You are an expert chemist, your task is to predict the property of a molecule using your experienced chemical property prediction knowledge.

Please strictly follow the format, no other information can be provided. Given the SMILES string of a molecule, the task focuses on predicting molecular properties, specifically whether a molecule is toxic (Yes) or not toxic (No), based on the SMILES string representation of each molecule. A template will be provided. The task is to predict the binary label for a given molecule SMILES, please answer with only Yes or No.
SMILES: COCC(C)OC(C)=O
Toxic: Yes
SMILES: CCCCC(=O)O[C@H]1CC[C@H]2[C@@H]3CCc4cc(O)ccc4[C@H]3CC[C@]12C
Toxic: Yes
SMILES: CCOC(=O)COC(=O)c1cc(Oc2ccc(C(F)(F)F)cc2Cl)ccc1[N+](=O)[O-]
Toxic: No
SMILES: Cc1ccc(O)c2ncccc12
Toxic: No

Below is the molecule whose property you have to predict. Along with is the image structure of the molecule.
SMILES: O=C1CCCCCCCCCCOCCCCO1
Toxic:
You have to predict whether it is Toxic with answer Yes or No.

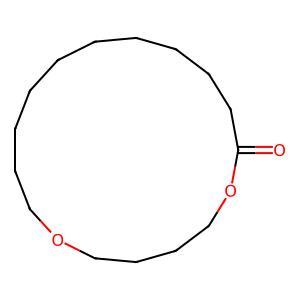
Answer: No